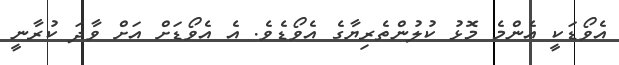
އެވޯޑަކީ އެންމެ މޮޅު ކުލުންތެރިޔާގެ އެވޯޑެވެ. އެ އެވޯޑަށް އަށް ވާދަ ކުރާނީ